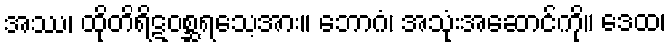
အဿ၊ ထိုတိရိဋဝစ္ဆရသေ့အား။ ဘောဂံ၊ အသုံးအဆောင်ကို။ ဒေထ၊